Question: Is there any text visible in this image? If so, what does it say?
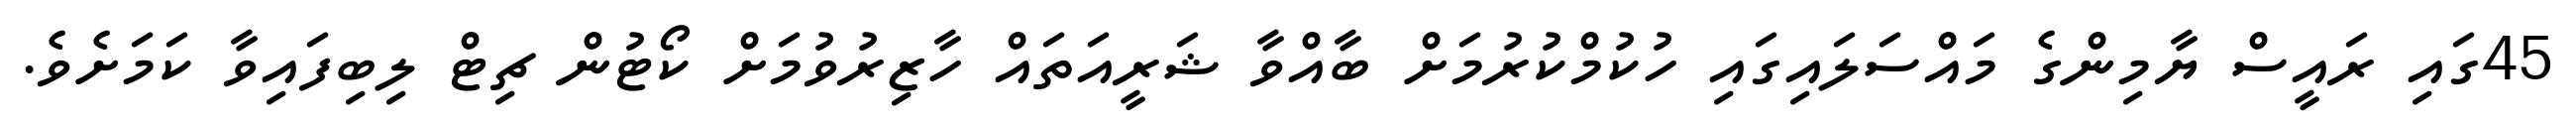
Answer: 45ގައި ރައީސް ޔާމިންގެ މައްސަލައިގައި ހުކުމްކުރުމަށް ބާއްވާ ޝަރީއަތައް ހާޒިރުވުމަށް ކޯޓުން ޗިޓް ލިބިފައިވާ ކަމަށެވެ.